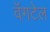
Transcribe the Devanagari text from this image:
वॅगटेल